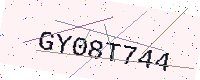
Text: GY08T744